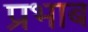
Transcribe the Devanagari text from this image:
प्रभाब